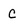
Character: c